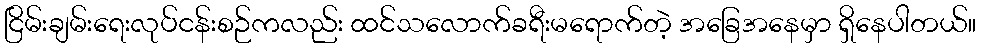
ငြိမ်းချမ်းရေးလုပ်ငန်းစဉ်ကလည်း ထင်သလောက်ခရီးမရောက်တဲ့ အခြေအနေမှာ ရှိနေပါတယ်။